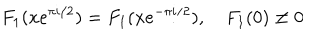
F _ { 1 } ( x e ^ { \pi i / 2 } ) = F _ { 1 } ( x e ^ { - \pi i / 2 } ) , \quad F _ { 1 } ( 0 ) \ne 0